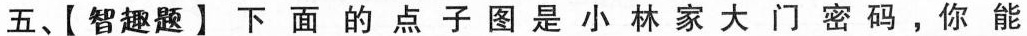
五、【智趣题】下面的点子图是小林家大门密码，你能